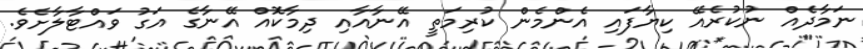
ނަމާދެއް ނުކުރެއޭ ކިޔާފައި އެންމެން ކުރިމަތީ އޭނާއާއި ދިމާކޮއް އޭނާގެ އަގު ވައްޓާލާށެވެ.